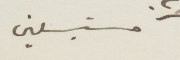
مستبسلين